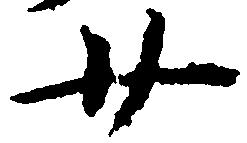
廿